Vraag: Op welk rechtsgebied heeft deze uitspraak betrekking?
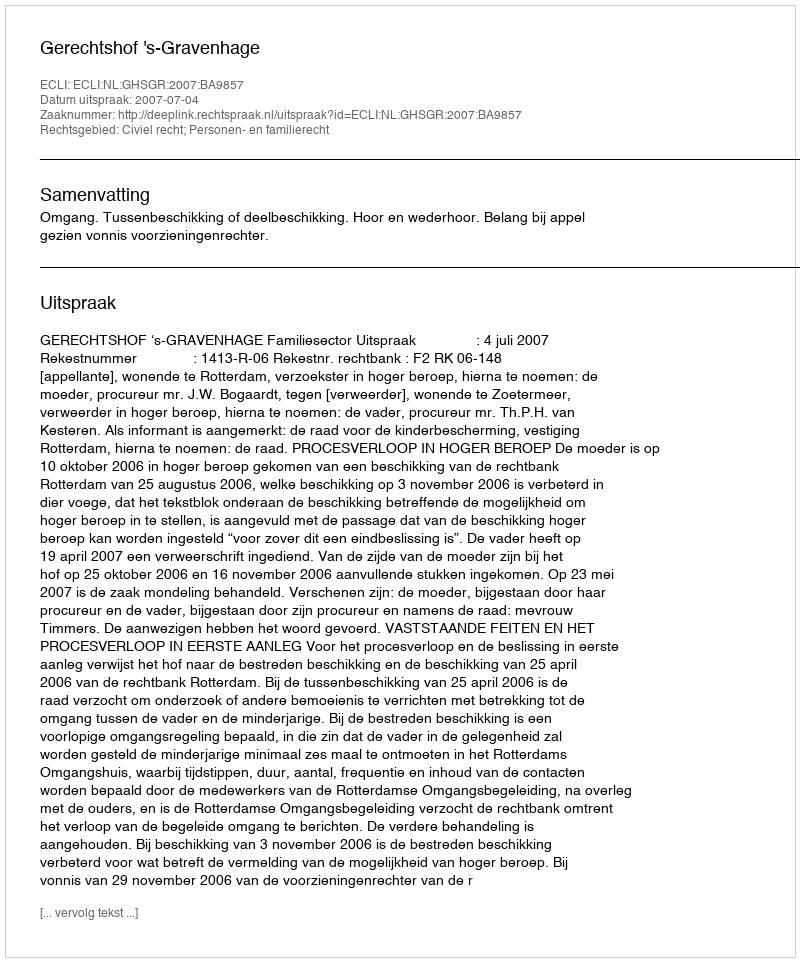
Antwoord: Civiel recht; Personen- en familierecht